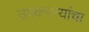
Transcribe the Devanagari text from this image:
उपकंपन्यांचा